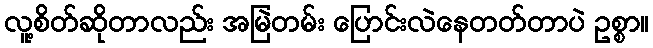
လူ့စိတ်ဆိုတာလည်း အမြဲတမ်း ပြောင်းလဲနေတတ်တာပဲ ဥစ္စာ။